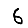
Digit: 6